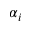
\alpha _ { i }